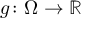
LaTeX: g \colon \Omega \to { \mathbb { R } }